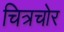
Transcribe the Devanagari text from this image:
चित्रचोर